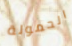
الحمولة